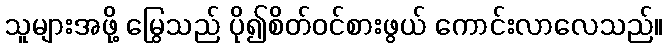
သူများအဖို့ မြွေသည် ပို၍စိတ်ဝင်စားဖွယ် ကောင်းလာလေသည်။